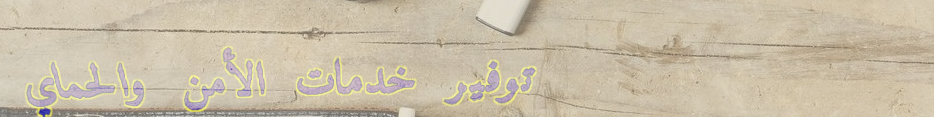
توفير خدمات الأمن والحماي